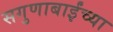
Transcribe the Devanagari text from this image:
सगुणाबाईंच्या